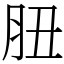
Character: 䏔